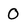
Character: O